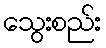
သွေးစည်း